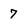
Character: 7